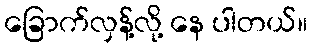
ခြောက်လှန့်လို့ နေ ပါတယ်။